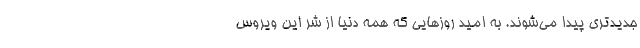
جدیدتری پیدا می‌شوند. به امید روزهایی که همه دنیا از شر این ویروس